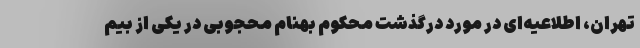
تهران، اطلاعیه‌ای در مورد درگذشت محکوم بهنام محجوبی در یکی از بیم